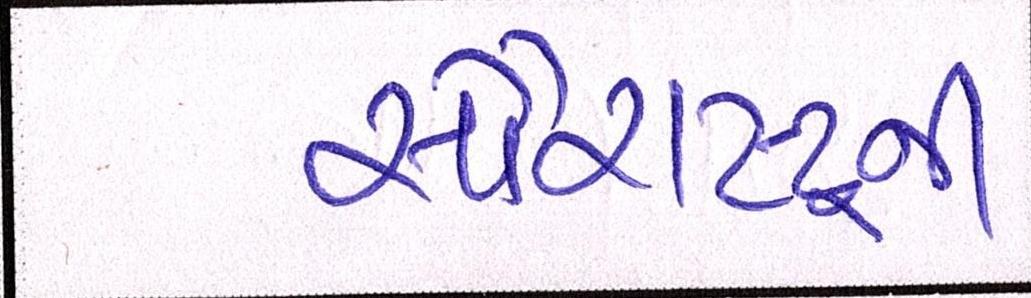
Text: સૌરાષ્ટ્ર્રની